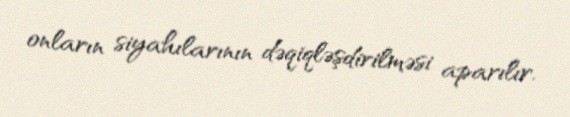
onların siyahılarının dəqiqləşdirilməsi aparılır.